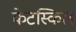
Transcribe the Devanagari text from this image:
केटस्किल